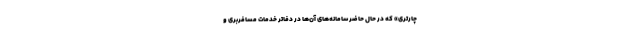
چارتری» که در حال حاضر سامانه‌های آن‌ها در دفاتر خدمات مسافربری و